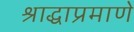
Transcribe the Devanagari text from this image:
श्राद्धाप्रमाणें